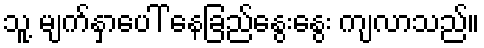
သူ့ မျက်နှာပေါ် နေခြည်နွေးနွေး ကျလာသည်။